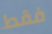
فقط